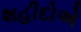
શહીદોએ